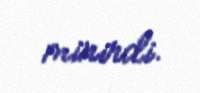
minirdi.